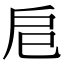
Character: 𢨪